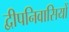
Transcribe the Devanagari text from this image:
द्वीपनिवासियों